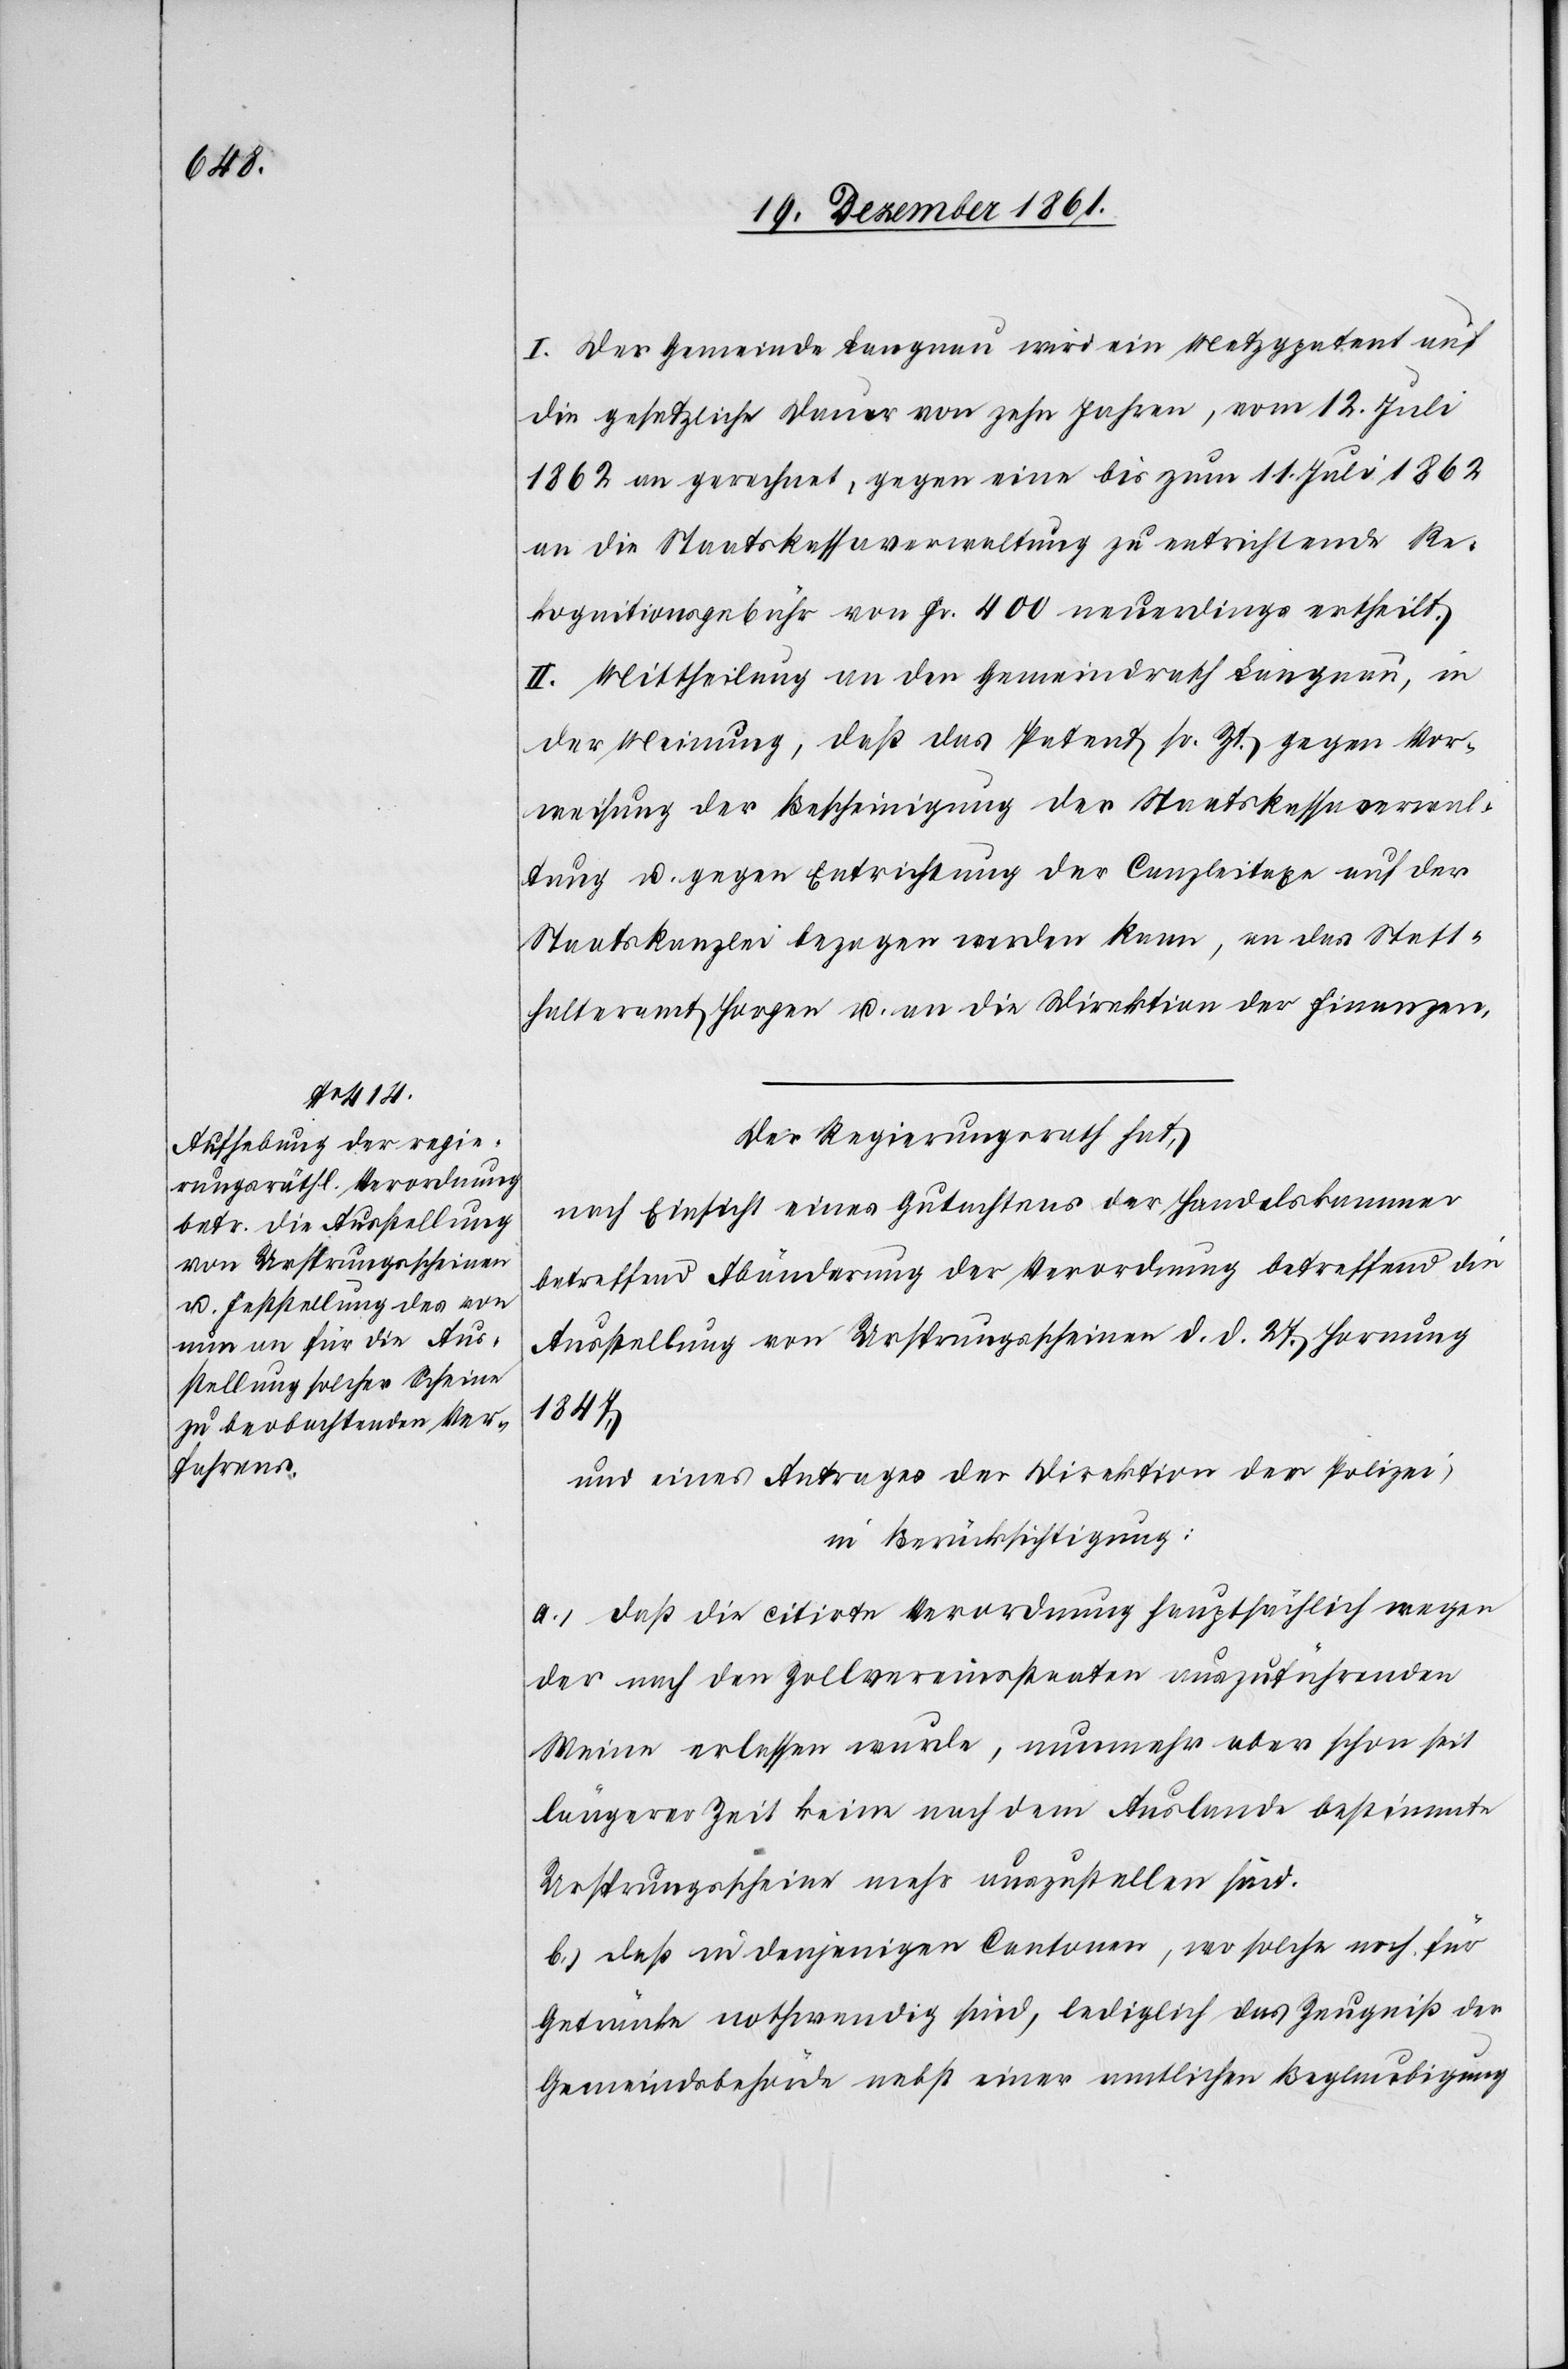
I. Der Gemeinde Langnau wird ein Metzgpatent auf
die gesetzliche Dauer von zehn Jahren, vom 12 Juli
1862 an gerechnet, gegen eine bis zum 11 Juli 1862
an die Staatskassaverwaltung zu entrichtende Re¬
kognitionsgebühr von Fr. 400 neuerdings ertheilt.
II. Mittheilung an den Gemeindrath Langnau, in
der Meinung, daß das Patent sr. Zt. gegen Vor¬
weisung der Bescheinigung der Staatskassaverwal¬
tung u. gegen Entrichtung der Canzleitaxe auf der
Staatskanzlei bezogen werden kann, an das Statt¬
halteramt Horgen u. an die Direktion der Finanzen.
Der Regierungsrath hat,
nach Einsicht eines Gutachtens der Handelskammer
betreffend Abänderung der Verordnung betreffend die
Ausstellung von Ursprungsscheinen d. d. 27 Hornung
1847,
und eines Antrages der Direktion der Polizei,
in Berücksichtigung:
a) daß die citirte Verordnung hauptsächlich wegen
der nach den Zollvereinsstaaten auszuführenden
Weine erlassen wurde, nunmehr aber schon seit
längerer Zeit keine nach dem Auslande bestimmte
Ursprungsscheine mehr auszustellen sind.
b) daß in denjenigen Cantonen, wo solche noch für
Getränke nothwendig sind, lediglich das Zeugniß der
Gemeindebehörde nebst einer amtlichen Beglaubigung